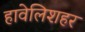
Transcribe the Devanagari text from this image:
हावेलिशहर